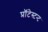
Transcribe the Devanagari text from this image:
प्रॉटेस्टन्ट